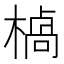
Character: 𪳣